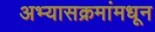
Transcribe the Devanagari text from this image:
अभ्यासक्रमांमधून